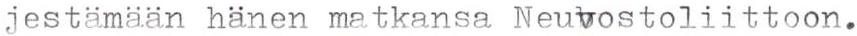
jestämään hänen matkansa Neuvostoliittoon.